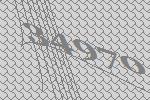
34970